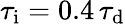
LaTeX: \tau_{\mathrm{i}}=0.4\, \tau_{\mathrm{d}}